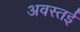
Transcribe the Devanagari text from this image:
अवस्तई